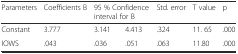
<table><thead><tr><td><b>Parameters</b></td><td><b>Coefficients B</b></td><td colspan="2"><b>95 % Confidence interval for B</b></td><td><b>Std. error</b></td><td><b>T value</b></td><td><b>p</b></td></tr></thead><tbody><tr><td>Constant</td><td>3.777</td><td>3.141</td><td>4.413</td><td>.324</td><td>11. 65</td><td>.000</td></tr><tr><td>IOWS</td><td>.043</td><td>.036</td><td>.051</td><td>.063</td><td>11.80</td><td>.000</td></tr></tbody></table>